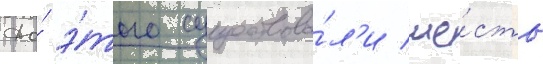
До́ э́того существова́л'и ше́сть